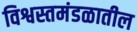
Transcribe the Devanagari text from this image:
विश्वस्तमंडळातील